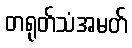
တရုတ်သံအမတ်